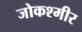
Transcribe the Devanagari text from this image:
जोकश्मीर